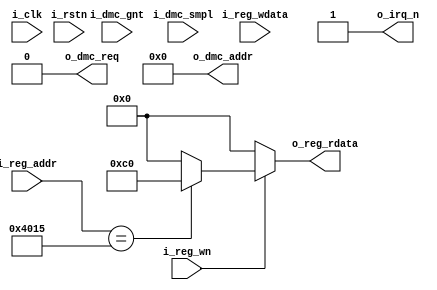
module apu_2A03_pseudo(
    input           i_clk       ,
    input           i_rstn      ,
    //control port
    input   [15:0]  i_reg_addr  ,
    input           i_reg_wn    ,
    input   [7:0]   i_reg_wdata ,
    output  [7:0]   o_reg_rdata ,
    //master port
    output          o_dmc_req   ,
    input           i_dmc_gnt   ,
    output  [15:0]  o_dmc_addr  ,
    input   [7:0]   i_dmc_smpl  ,
    
    output          o_irq_n    
);
    
    
    reg r_ena_dmc;
    reg r_ena_noi;
    reg r_ena_tri;
    reg r_ena_pul2;
    reg r_ena_pul1;
    
    reg r_frm_mode;
    reg r_dis_frm_irq;
    
    wire c_dmc_irq;
    wire c_frm_irq;
    
    
    
    assign c_dmc_irq = 1'b1;
    assign c_frm_irq = 1'b1;
    
    always @(posedge i_clk or negedge i_rstn) begin
        if(~i_rstn) begin
            {r_ena_dmc, r_ena_noi, r_ena_tri, r_ena_pul2, r_ena_pul1} <= 5'h0;
        end
        else begin
            if(i_reg_addr==16'h4015 && ~i_reg_wn) begin
                {r_ena_dmc, r_ena_noi, r_ena_tri, r_ena_pul2, r_ena_pul1} <= i_reg_wdata[4:0];
            end
        end
    end
    
    always @(posedge i_clk or negedge i_rstn) begin
        if(~i_rstn) begin
            {r_frm_mode, r_dis_frm_irq} <= 2'h0;
        end
        else begin
            if(i_reg_addr==16'h4017 && ~i_reg_wn) begin
                {r_frm_mode, r_dis_frm_irq} <= i_reg_wdata[7:6];
            end
        end
    end
    
    assign o_reg_rdata = ~i_reg_wn ?  8'h0 :
                         (i_reg_addr==16'h4015) ? {c_dmc_irq, c_frm_irq, 6'b0} :
                         8'h0;
    
    
    assign o_irq_n = c_dmc_irq & c_frm_irq;
    assign o_dmc_req = 1'b0;
    assign o_dmc_addr = 16'h0;
endmodule